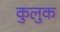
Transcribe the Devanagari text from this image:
कुलुक